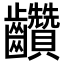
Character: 𪚇